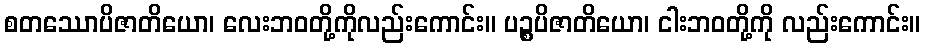
စတဿောပိဇာတိယော၊ လေးဘဝတို့ကိုလည်းကောင်း။ ပဉ္စပိဇာတိယော၊ ငါးဘဝတို့ကို လည်းကောင်း။